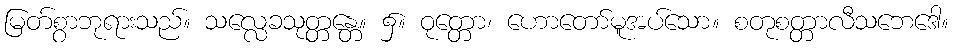
မြတ်စွာဘုရားသည်။ သလ္လေခသုတ္တန္တေ။ ၌။ ဝုတ္တော၊ ဟောတော်မူအပ်သော။ စတုစတ္တာလီသဘေဒေါ။